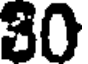
30